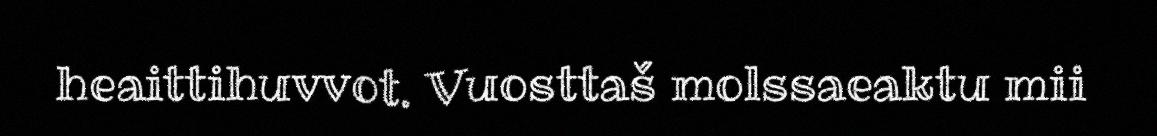
heaittihuvvot. Vuosttaš molssaeaktu mii